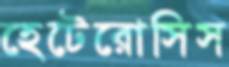
হেটেরোসিস